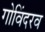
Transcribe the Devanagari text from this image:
गोविंदरव